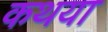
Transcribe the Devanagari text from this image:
कथया